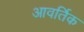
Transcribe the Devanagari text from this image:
आवर्तिक